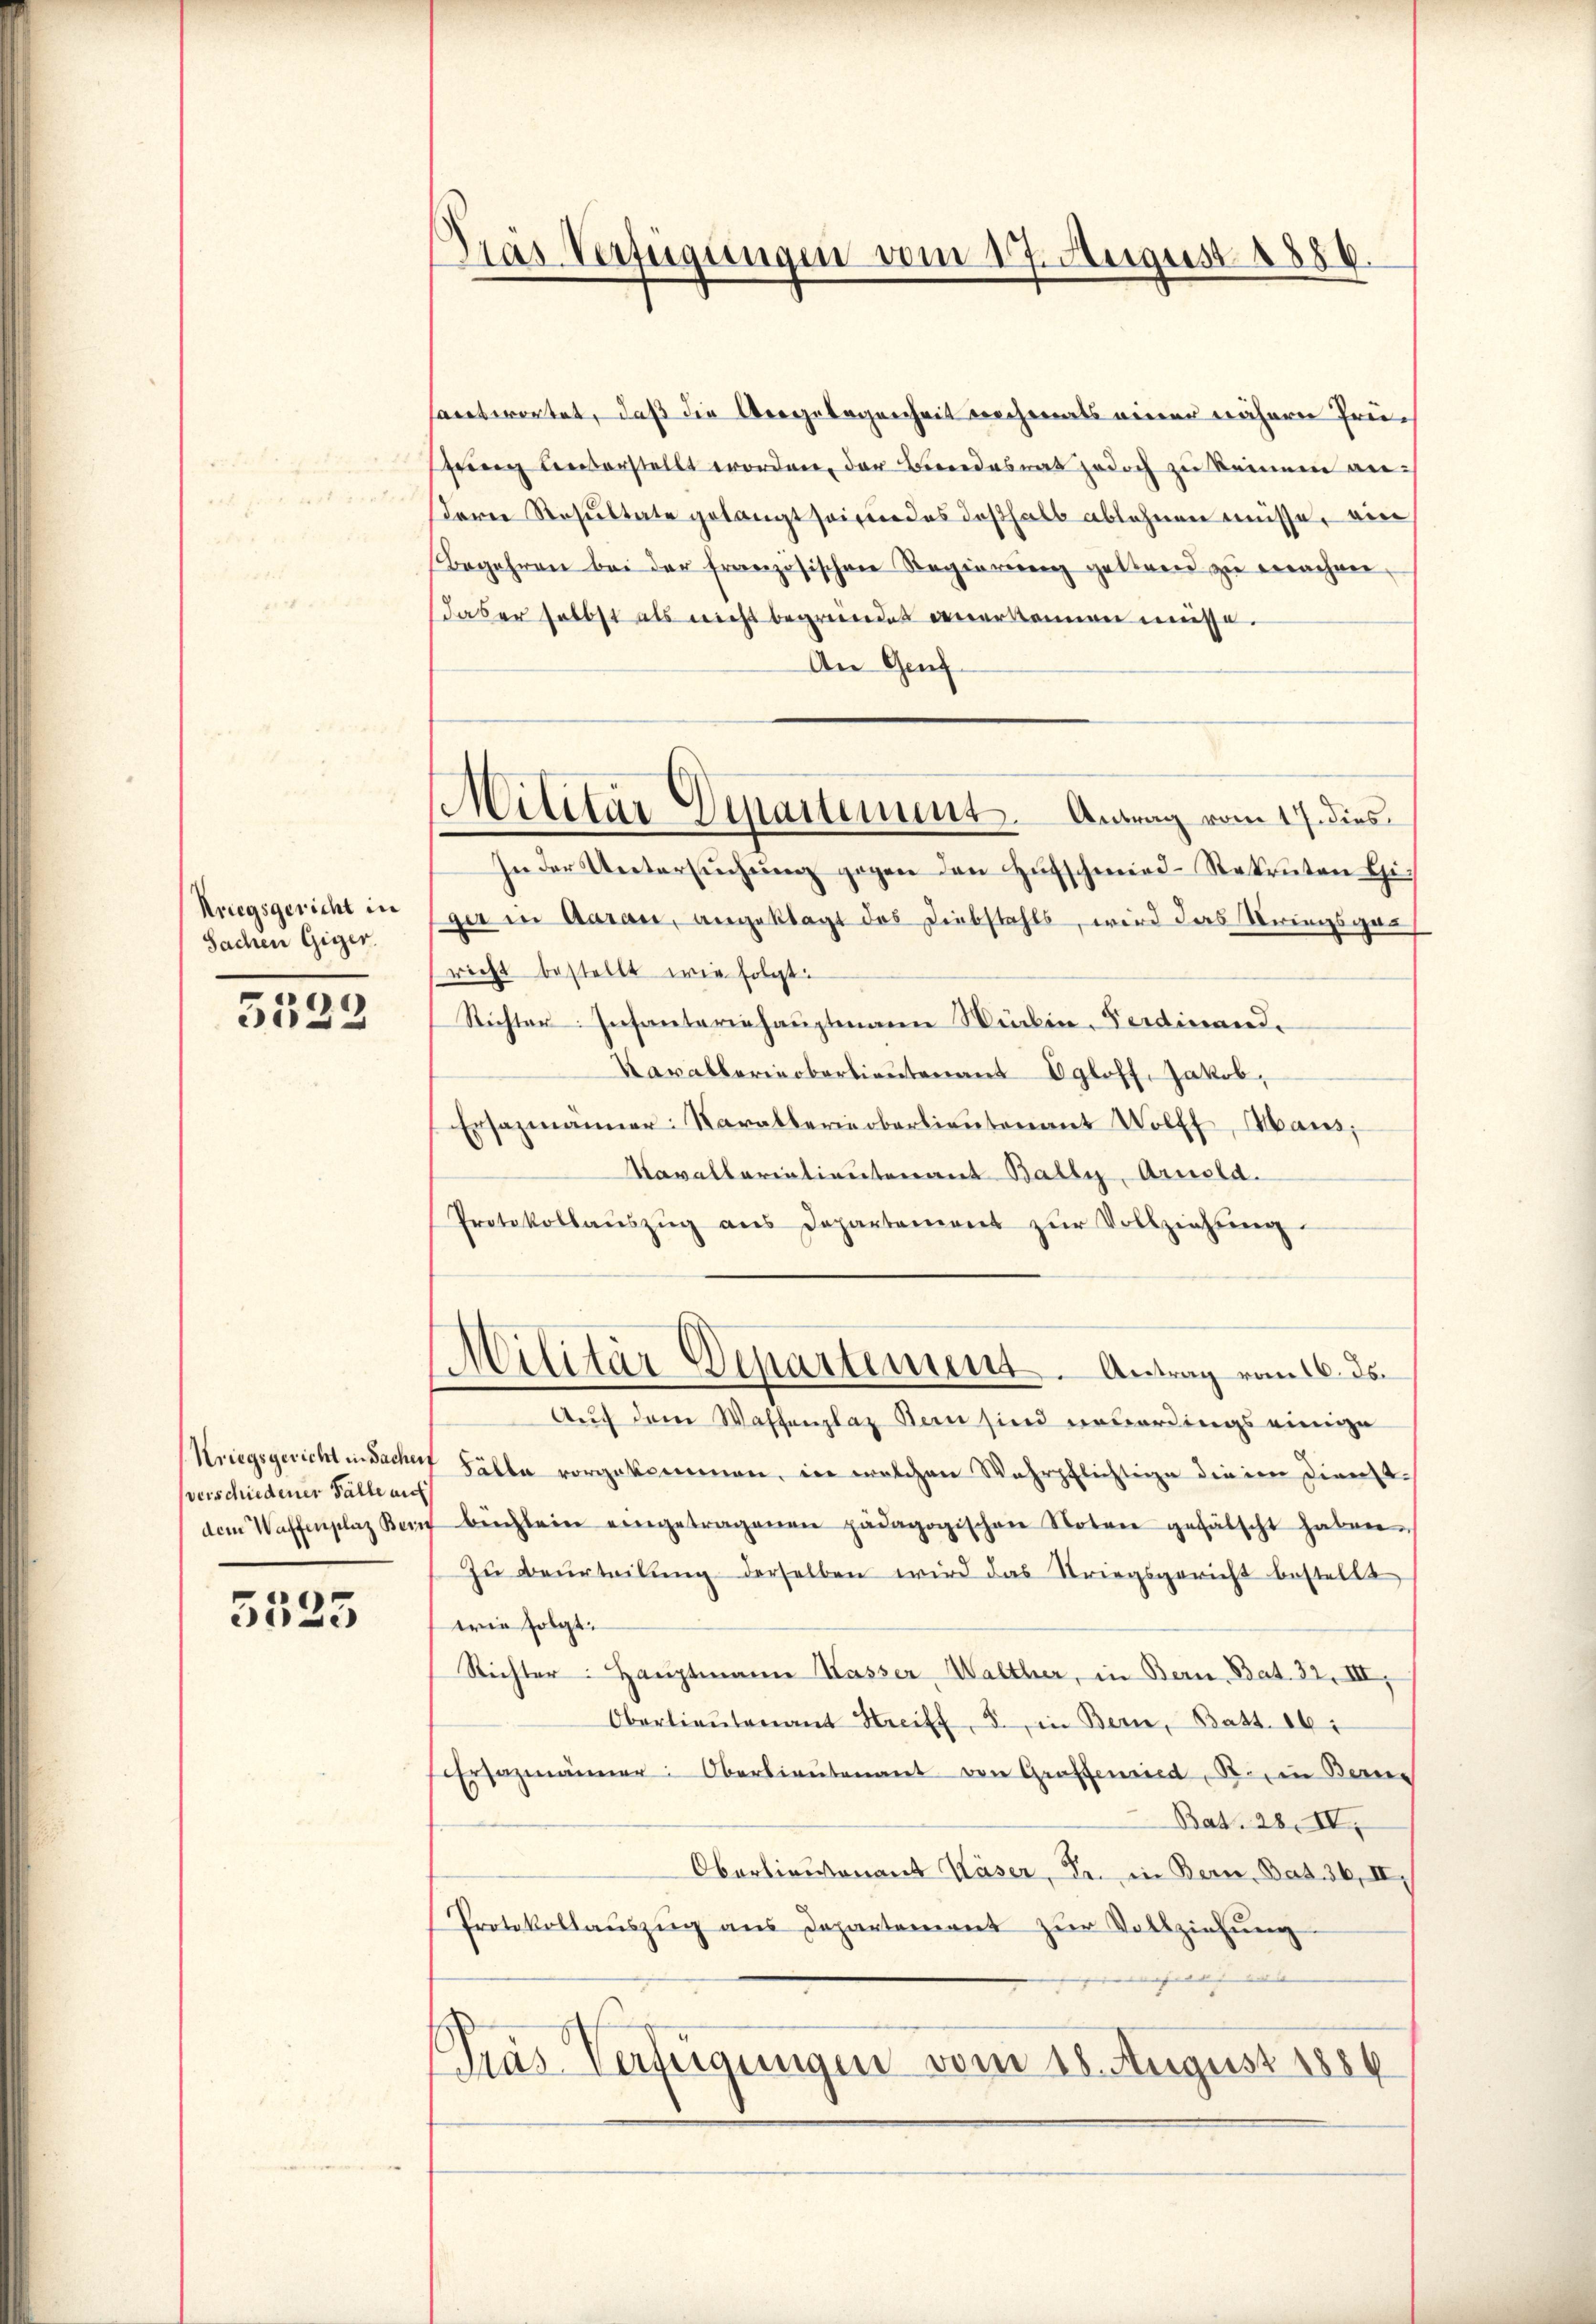
Kriegsgericht in
Sachen Giger.

)
e

Kriegsgericht in Sacher,
verschiedener Fälle an

5525

Gras Verfügungen vom 17. August 1886.

santwortet, daß die Aergelegenheit nochmals einer nähern Prüftung unterstellt worden, der Bundesrat jedoch zu keinem anderer Resŭltate gelangt seine des deshalb ablehnen müsse, ein
Begehren bei der französischen Regierŭng gestand zŭ machen,
daber selbst als nicht begründet anerkennen müsse.
An Genf
In der Untersŭchŭng gegen den Hufschmied-Rekruten Gi
ger in Aarau, angeklagt das Diebstahls, wird das Kriegsgan
richt bestellt wie folgt:
Richter Insanteriehauptmann Wirken. Ferdinand
Kavallerinoberlieutenant Egloff, Jakob,
Ersazmänner: Karallerieberlieutenant Wolf, Maus,
Kavallariatientenant Bally, Arnold.
Protokollaŭszŭg ans Departement zŭr Vollziehŭng.
Militär Departement. Antrag vom 16. ds.
Auch dem Waffenplaz Kein sind unverdings einige
 Fälle vorgekommen, in welchen Wahrpflichtige die im Dienst.
dem Waffenplaz Kein büchlein eingetragenen pädagogischen Notare gefälscht haben.
Zŭ Beurteilŭng derselben wird das Striegsgericht bestellt
wie folgt:
Richter: Hauptmann Kasser-Walther, in Bern, Bat. 32. III,
Oberlieŭtenant Streiff, 5. in Bern, Batt. 16:
Ersazmänner: Oberlieutenant von Graffenried, S. in Berne
Bat. 28. IV.
Oberlieutnant Käser, Fr. in Bern, Bat. 36, II,
Protokollaŭszŭg ans Departement zŭr Vollziehŭng
h  |
Pras Verfeigungen vom 18. August 1884

Militär Departement. Antrag vom 17. dies